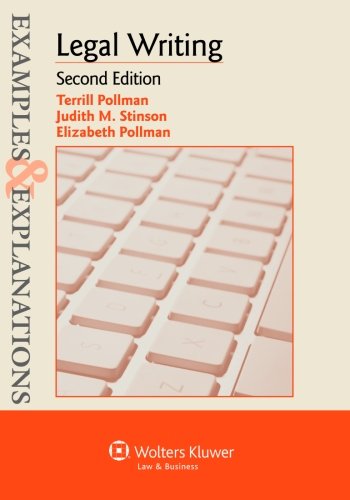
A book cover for Examples & Explanations: Legal Writing, Second Edition (Examples and Explanations); Terrill Pollman; Law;